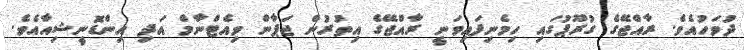
ދުވަހުއެވެ. ރާއްޖޭގެ ގުރޫޕުގައި ހިމެނިފައިވަނީ ރާއްޖޭގެ އިތުރުން ޖަޕާން ވިއެޓްނާމް އަދި އިންޑޮނީޝިއާއެވެ.